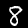
Digit: 8